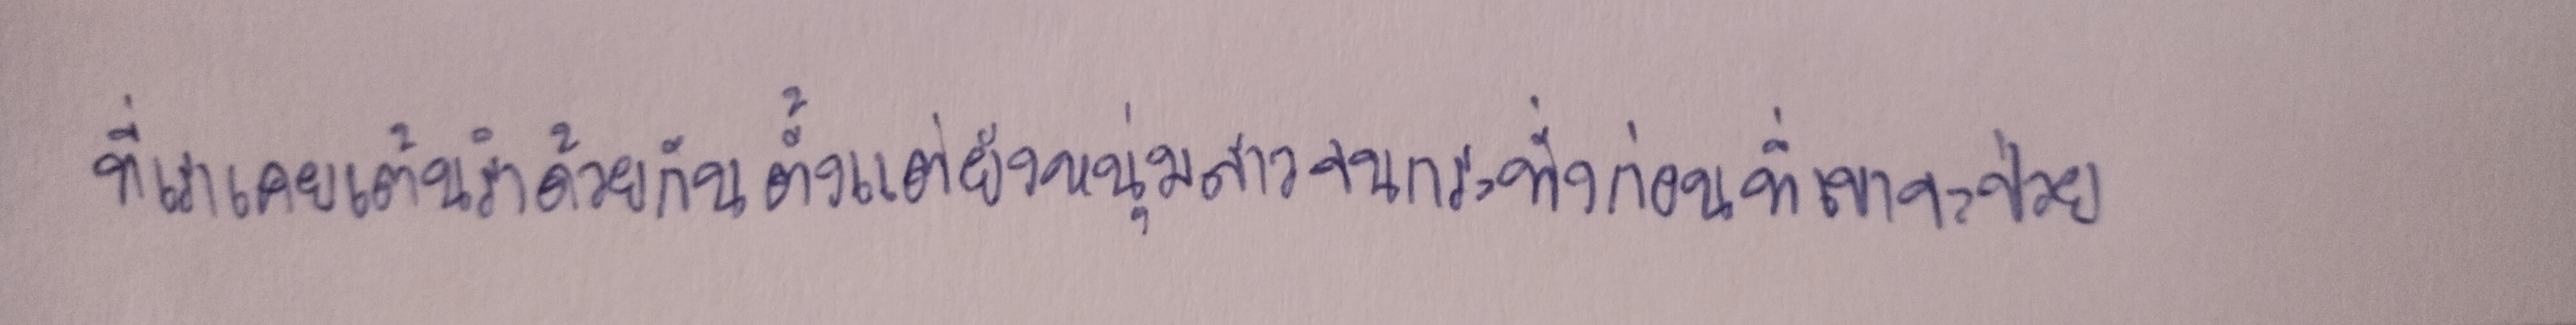
ที่เราเคยเต้นรำด้วยกันตั้งแต่ยังหนุ่มสาวจนกระทั่งก่อนที่เขาจะป่วย